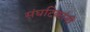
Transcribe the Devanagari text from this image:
संघटिकांनी